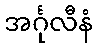
အင်္ဂုလီနံ